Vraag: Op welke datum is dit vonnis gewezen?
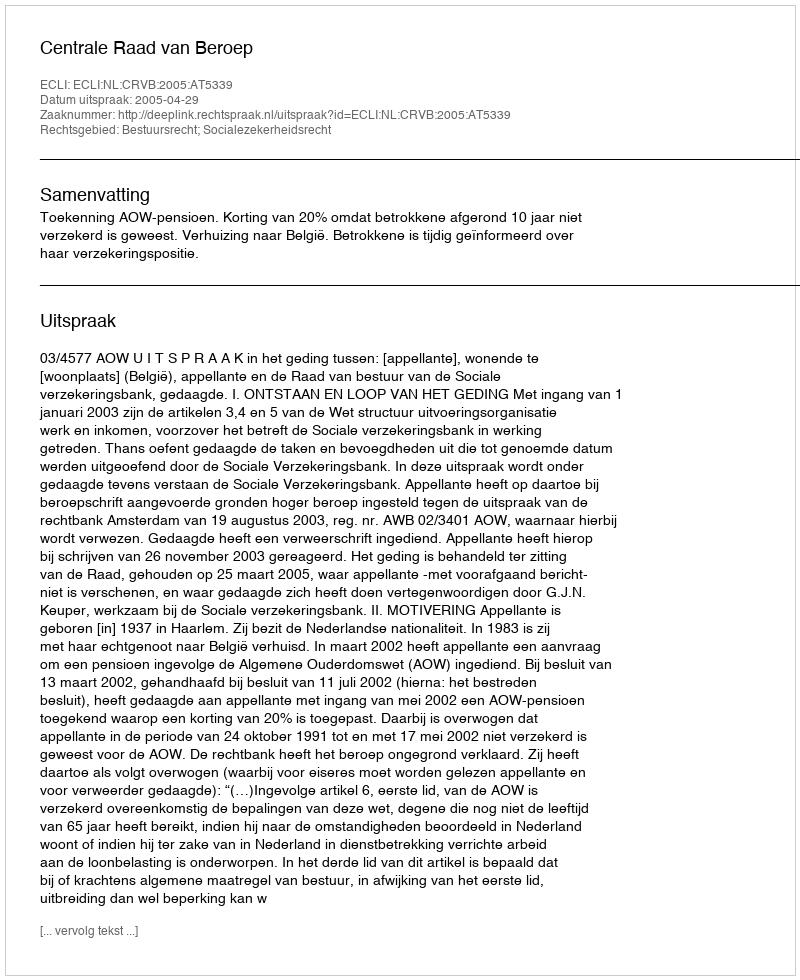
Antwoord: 2005-04-29